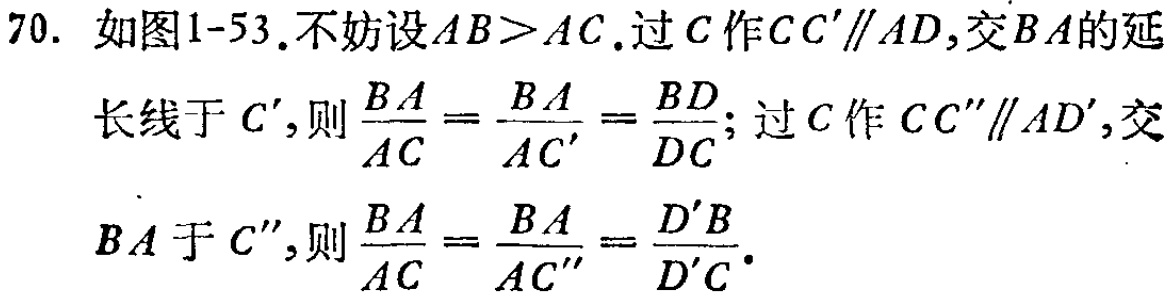
70. 如图1-53.不妨设\(AB>AC\).过\(C\)作\(CC'\parallel AD\),交\(BA\)的延长线于\(C'\),则\(\frac{BA}{AC}=\frac{BA}{AC'}=\frac{BD}{DC}\); 过\(C\)作\(CC''\parallel AD'\),交\(BA\)于\(C''\),则\(\frac{BA}{AC}=\frac{BA}{AC''}=\frac{D'B}{D'C}\).